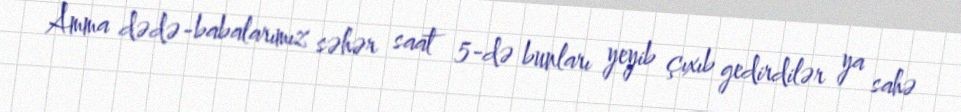
Amma dədə-babalarımız səhər saat 5-də bunları yeyib çıxıb gedirdilər ya sahə